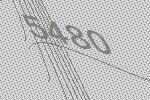
5480